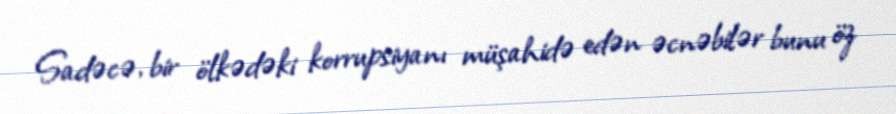
Sadəcə, bir ölkədəki korrupsiyanı müşahidə edən əcnəbilər bunu öz